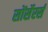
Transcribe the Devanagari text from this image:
सोंर्सेरर्स